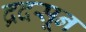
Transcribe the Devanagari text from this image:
द्रदसून